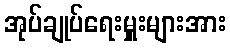
အုပ်ချုပ်ရေးမှူးများအား